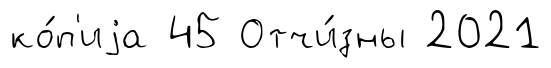
ко́п'иjа 45 Отчи́зны 2021